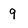
Character: 9